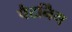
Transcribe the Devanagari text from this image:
पैटर्निंग